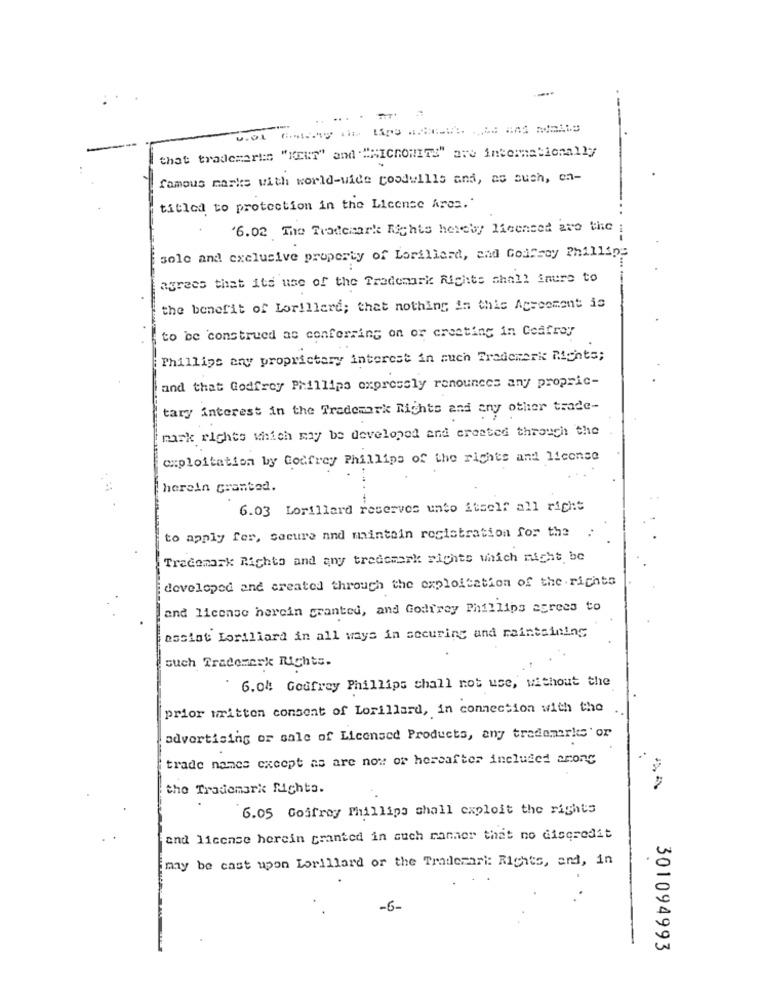
... .
that trademarks "KENT" and """IchONITS" are insommationally
famous marks with world-wide goodwills and, as such, en-
titled to protection in the License Ares."
'6.02 The Trademarks Rights hereby licensed are the
sole and exclusive property of Lorillard, and Golfsay Phillips
agrees that its use of the Trademark Rights shall inurs to
the benefit of Lorillard; that nothing in this Agreement is
to be construed as conferring on or creating in Ceafrey
Phillips any proprietary interest in such Trademark Monts;
and that Godfroy Phillips expressly renounces any propric-
tary interest in the Trademark Rights and any other trade-
mark rights which may be developed and created through the
exploitation by Godfrey Phillips of the rights and license
herein granted.
6.03 Lorillard reserves unto itself all right
to apply fer, Secure and maintain registration for the :
Trademark Rights and any trademark sichts which might be
developed and created through the exploitation of the rights
and license herein granted, and Godfrey Phillips agrees to
assint Loriliard in all ways in securing and maintaining
such Trademark Rights.
6.04 Goufray Phillips shall not use, without the
prior written consent of Lorillard, in connection with the
advertising or sale of Licensed Products, any trademarks' or
trade names except as are now or hereafter included arong
the Trademark Rights.
6.05 Goffrey Phillips shall exploit the rights
and license herein granted in such manner that no discredit
may be cast upon Lorillard or the Trademari: Rights, and, in
-6-
301094993